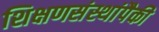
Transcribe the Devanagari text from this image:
शिक्षणसंस्थांपैकी